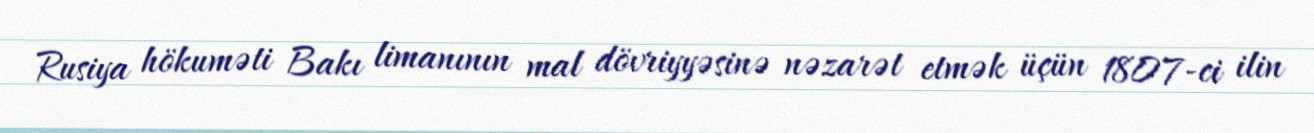
Rusiya hökuməti Bakı limanının mal dövriyyəsinə nəzarət etmək üçün 1807-ci ilin